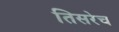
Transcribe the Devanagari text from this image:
तिसरेच